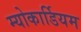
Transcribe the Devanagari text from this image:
म्योकार्डियम